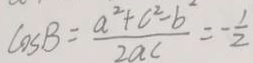
\cos B = \frac { a ^ { 2 } + c ^ { 2 } - b ^ { 2 } } { 2 a c } = - \frac { 1 } { 2 }